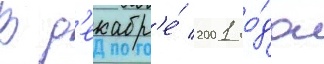
В д'екабр'е́ 2001 го́да